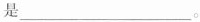
是___。